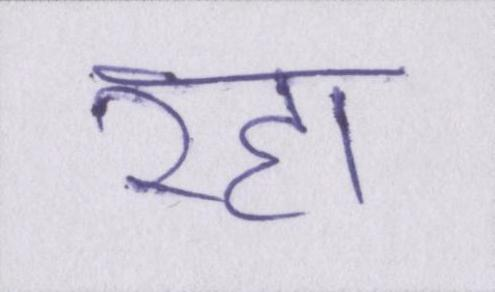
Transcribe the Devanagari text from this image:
रहा